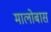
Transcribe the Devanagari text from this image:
मालोबास